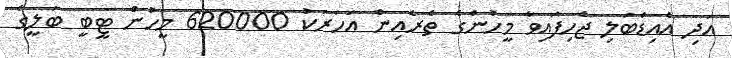
އަދި އެއިޑްބަލި ޖެހިފައިވާ މީހުންގެ ތެރެއިން އަހަރަކު 620000 މީހުން ޓީބީ ބަލީގެ